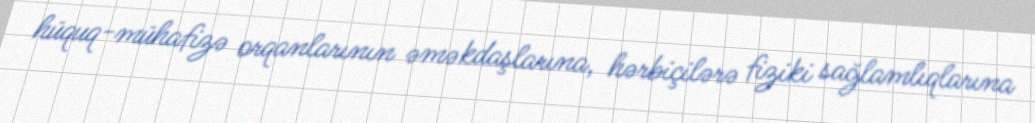
hüquq-mühafizə orqanlarının əməkdaşlarına, hərbiçilərə fiziki sağlamlıqlarına